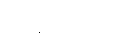
ကျွန်တော့်လို